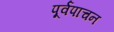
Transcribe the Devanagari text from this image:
पूर्वपाचन